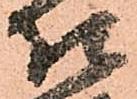
相